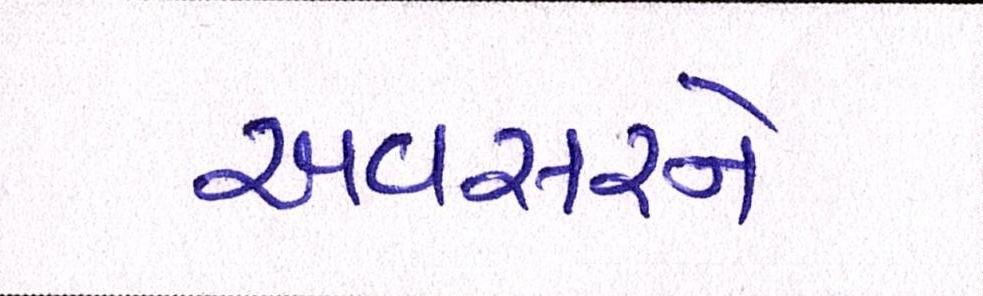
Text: અવસરને